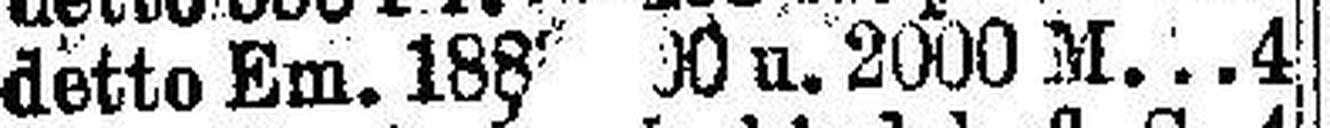
detto Em. 188 0 u. 2000 M. 4